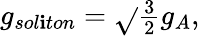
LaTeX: g_{sol\mathbf{i}ton}=\sqrt{}{{\textstyle{\frac{{3}}{{2}}}}}g_{A},